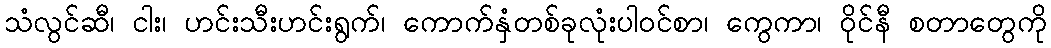
သံလွင်ဆီ၊ ငါး၊ ဟင်းသီးဟင်းရွက်၊ ကောက်နှံတစ်ခုလုံးပါဝင်စာ၊ ကွေကာ၊ ဝိုင်နီ စတာတွေကို